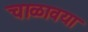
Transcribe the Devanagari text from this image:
चाळावया